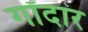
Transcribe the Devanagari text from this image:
गॉदार